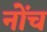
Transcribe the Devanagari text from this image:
नोंच